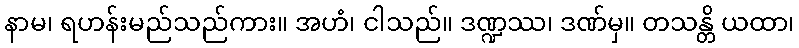
နာမ၊ ရဟန်းမည်သည်ကား။ အဟံ၊ ငါသည်။ ဒဏ္ဍဿ၊ ဒဏ်မှ။ တသန္တိ ယထာ၊